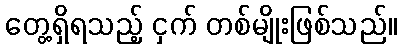
တွေ့ရှိရသည့် ငှက် တစ်မျိုးဖြစ်သည်။